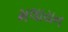
મલાયન